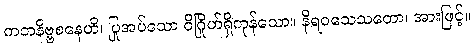
ကတနိဗ္ဗစနေဟိ၊ ပြုအပ်သော ဝိဂြိုဟ်ရှိကုန်သော။ နိရဝသေသတော၊ အားဖြင့်။